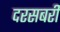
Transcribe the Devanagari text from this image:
दरसबरी